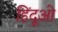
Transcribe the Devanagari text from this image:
हिंदूओ